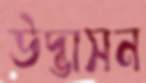
উদ্ভাসন